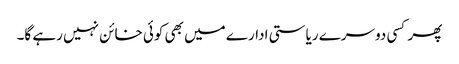
پھر کسی دوسرے ریاستی ادارے میں بھی کوئی خائن نہیں رہے گا۔